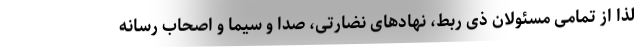
لذا از تمامی مسئولان ذی ربط، نهادهای نضارتی، صدا و سیما و اصحاب رسانه